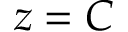
z = C